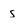
Character: s